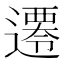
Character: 𨗇